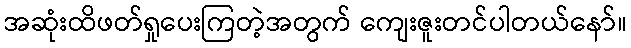
အဆုံးထိဖတ်ရှုပေးကြတဲ့အတွက် ကျေးဇူးတင်ပါတယ်နော်။